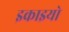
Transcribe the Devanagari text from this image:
इकाइयो